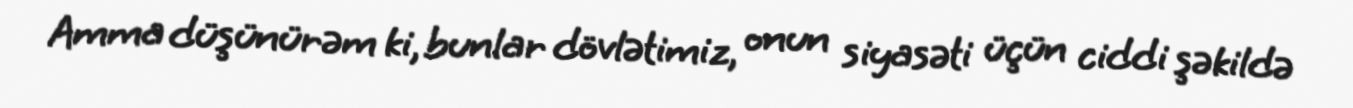
Amma düşünürəm ki, bunlar dövlətimiz, onun siyasəti üçün ciddi şəkildə